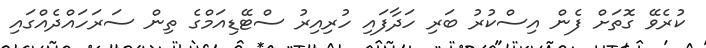
ކުރެވޭ ގޮތަށް ފެން އިސްކުރު ބަރި ހަދާފައި ހުރިއިރު ސްޓޭޑިއަމްގެ ތިން ސަރަހައްދެއްގައި